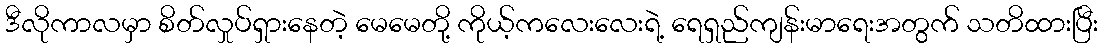
ဒီလိုကာလမှာ စိတ်လှုပ်ရှားနေတဲ့ မေမေတို့ ကိုယ့်ကလေးလေးရဲ့ ရေရှည်ကျန်းမာရေးအတွက် သတိထားပြီး